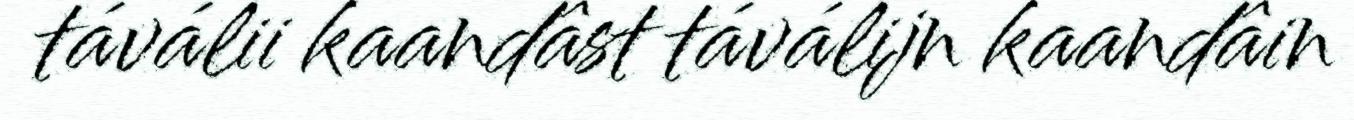
táválii kaandâst táválijn kaandâin